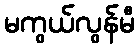
မကွယ်လွန်မီ